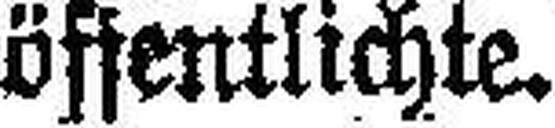
öffentlichte.